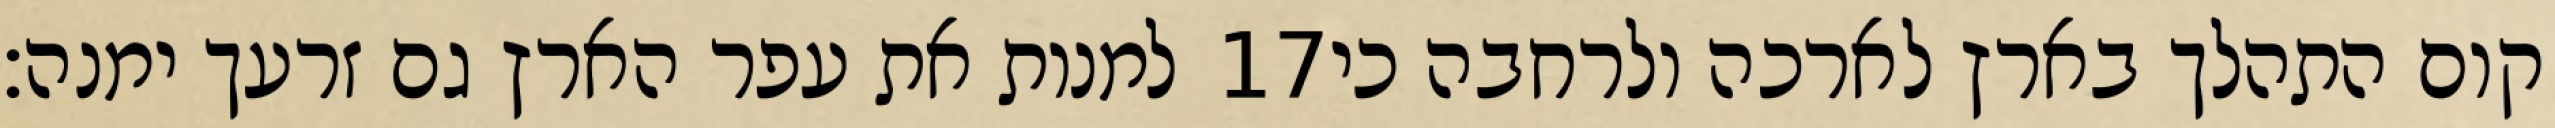
למנות את עפר הארץ גם זרעך ימנה׃ ‎17‏ קום התהלך בארץ לארכה ולרחבה כי